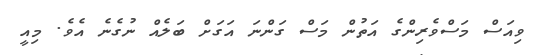
ވިއަސް މަސްވެރިންގެ އަތުން މަސް ގަންނަ އަގަށް ބަލެއް ނުގެނެ އެވެ. މިއީ